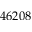
4 6 2 0 8